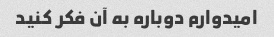
امیدوارم دوباره به آن فکر کنید